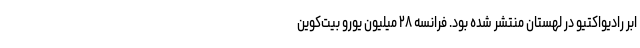
ابر رادیواکتیو در لهستان منتشر شده بود. فرانسه ۲۸ میلیون یورو بیت‌کوین